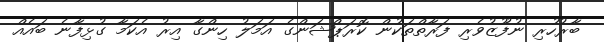
ބާރުހުރި ނުފޫޒުވެރި ފަރާތްތަކުން ކޮރަޕްޝަންގެ އަމަލު ހިންގާ އިރު އެކަމާ ގުޅިފާނެ ބައެއް